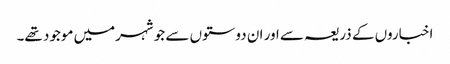
اخباروں کے ذریعہ سے اور ان دوستوں سے جو شہرمیں موجود تھے۔